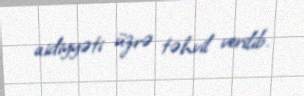
aidiyyəti üzrə təhvil verilib.